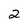
Character: 2